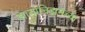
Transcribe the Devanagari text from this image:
झायोनिझमच्या